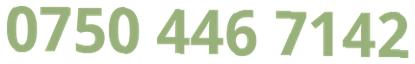
0750 446 7142